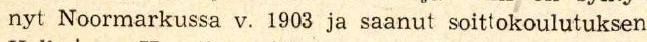
nyt Noormarkussa v. 1903 ja saanut soittokoulutuksen